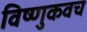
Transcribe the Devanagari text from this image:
विष्णुकवच